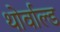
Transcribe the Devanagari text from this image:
थोर्वाल्ड